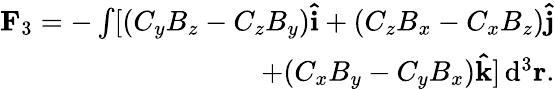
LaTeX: \begin{array}{r}{\mathbf F_{3}=-\int[(C_{y}B_{z}-C_{z}B_{y})\mathbf{\hat{i}}+(C_{z}B_{x}-C_{x}B_{z})\mathbf{\hat{j}}}\\ {+(C_{x}B_{y}-C_{y}B_{x})\mathbf{\hat{k}}]\, \mathrm{d}^{3}\mathbf r.}\end{array}